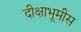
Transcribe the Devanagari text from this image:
दीक्षाभूमीस